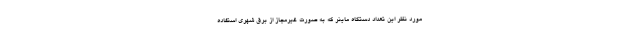
مورد نظر این تعداد دستگاه ماینر که به صورت غیرمجاز از برق شهری استفاده